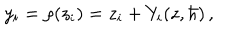
y _ { i } = \rho ( z _ { i } ) = z _ { i } + Y _ { i } ( z , \hbar ) \, ,